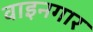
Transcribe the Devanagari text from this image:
वाइनगार